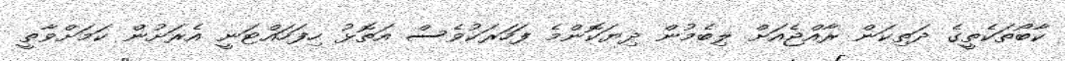
ކާބޯތަކެތީގެ ދަތިކަން ރާއްޖެއަށް ލިބެމުން ދިޔަކޮންމެ ފަހަރަކުވެސް އަތޮޅު ހިފަހައްޓަނީ އެރަށުން ކަމަށްވާތީ